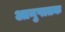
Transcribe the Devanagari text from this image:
आनुपातक